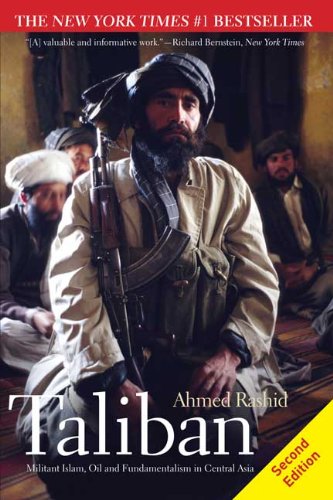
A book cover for Taliban: Militant Islam, Oil and Fundamentalism in Central Asia, Second Edition; Ahmed Rashid; Religion & Spirituality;